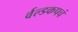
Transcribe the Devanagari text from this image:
र्वल्डकपचं